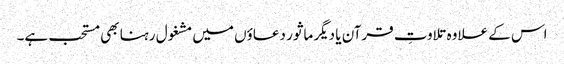
اس کے علاوہ تلاوتِ قرآن یا دیگر ماثور دعاؤں میں مشغول رہنا بھی مستحب ہے۔